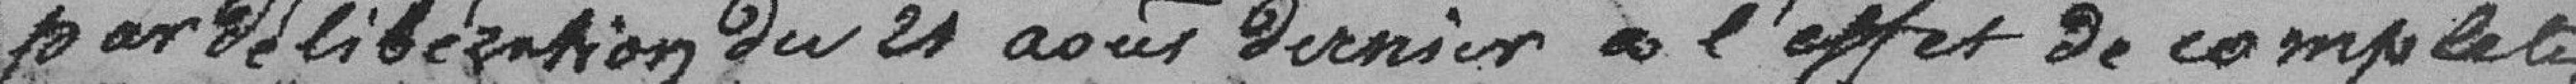
par délibération du 21 août dernier à l'effet de complèter